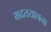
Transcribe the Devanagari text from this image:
मदतयाचना